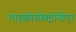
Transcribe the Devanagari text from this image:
माइक्रोस्पेक्ट्रोमीटर